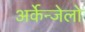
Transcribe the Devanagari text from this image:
अर्केन्जेलो